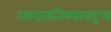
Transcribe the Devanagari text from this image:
आदरातिथ्याबद्दल